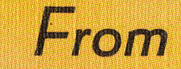
From